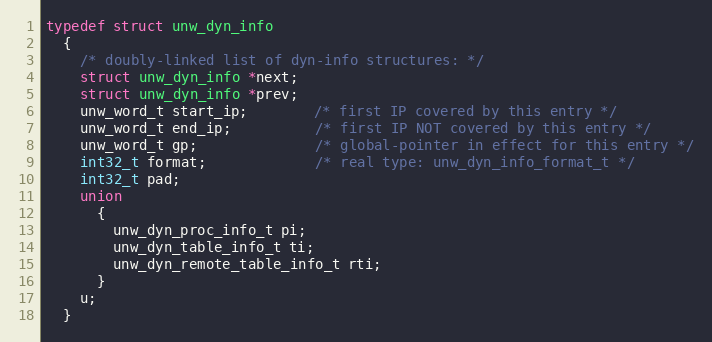
Language: C
typedef struct unw_dyn_info
  {
    /* doubly-linked list of dyn-info structures: */
    struct unw_dyn_info *next;
    struct unw_dyn_info *prev;
    unw_word_t start_ip;        /* first IP covered by this entry */
    unw_word_t end_ip;          /* first IP NOT covered by this entry */
    unw_word_t gp;              /* global-pointer in effect for this entry */
    int32_t format;             /* real type: unw_dyn_info_format_t */
    int32_t pad;
    union
      {
        unw_dyn_proc_info_t pi;
        unw_dyn_table_info_t ti;
        unw_dyn_remote_table_info_t rti;
      }
    u;
  }